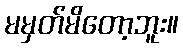
မမှတ်မိတော့ဘူး။